65_HS1-834228961_62-HQ-83894_Section_6
Agency: FBI
Page 150
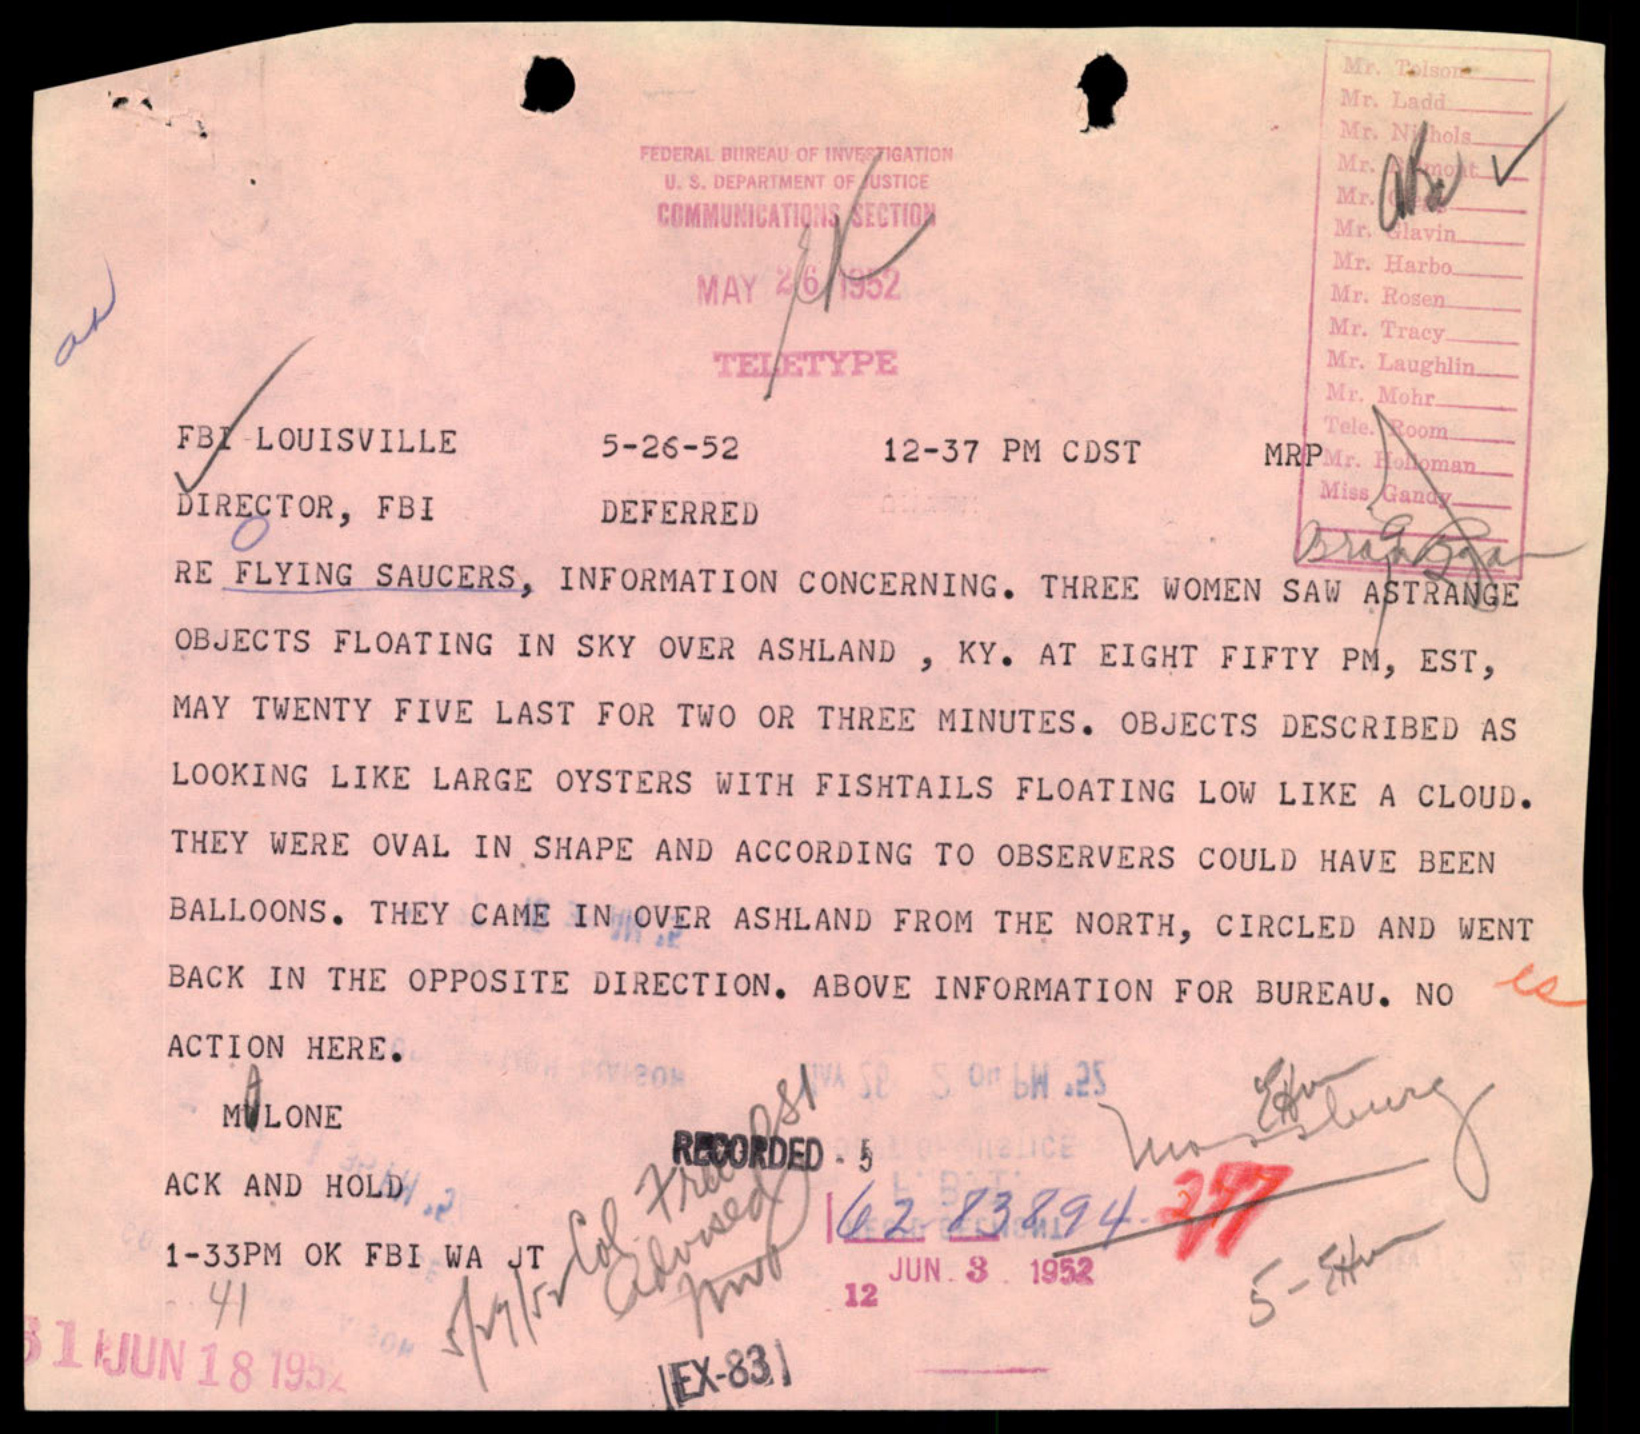